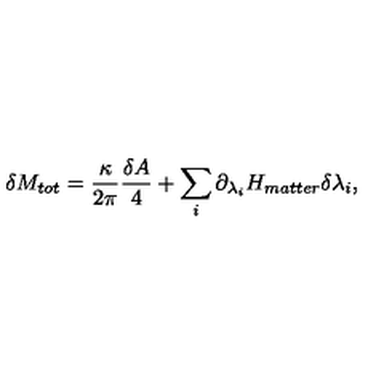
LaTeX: \delta M _ { t o t } = { \frac { \kappa } { 2 \pi } } { \frac { \delta A } { 4 } } + \sum _ { i } \partial _ { \lambda _ { i } } H _ { m a t t e r } \delta \lambda _ { i } ,